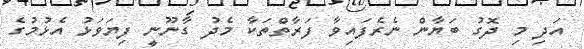
އަދި މި ދޮގު ބަޔާން ނެރެފައިވާ ފަރާތްތަކާ މެދު ގާނޫނީ ފިޔަވަޅު އެޅުމުގެ